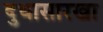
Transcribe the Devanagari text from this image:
दुधासारखा